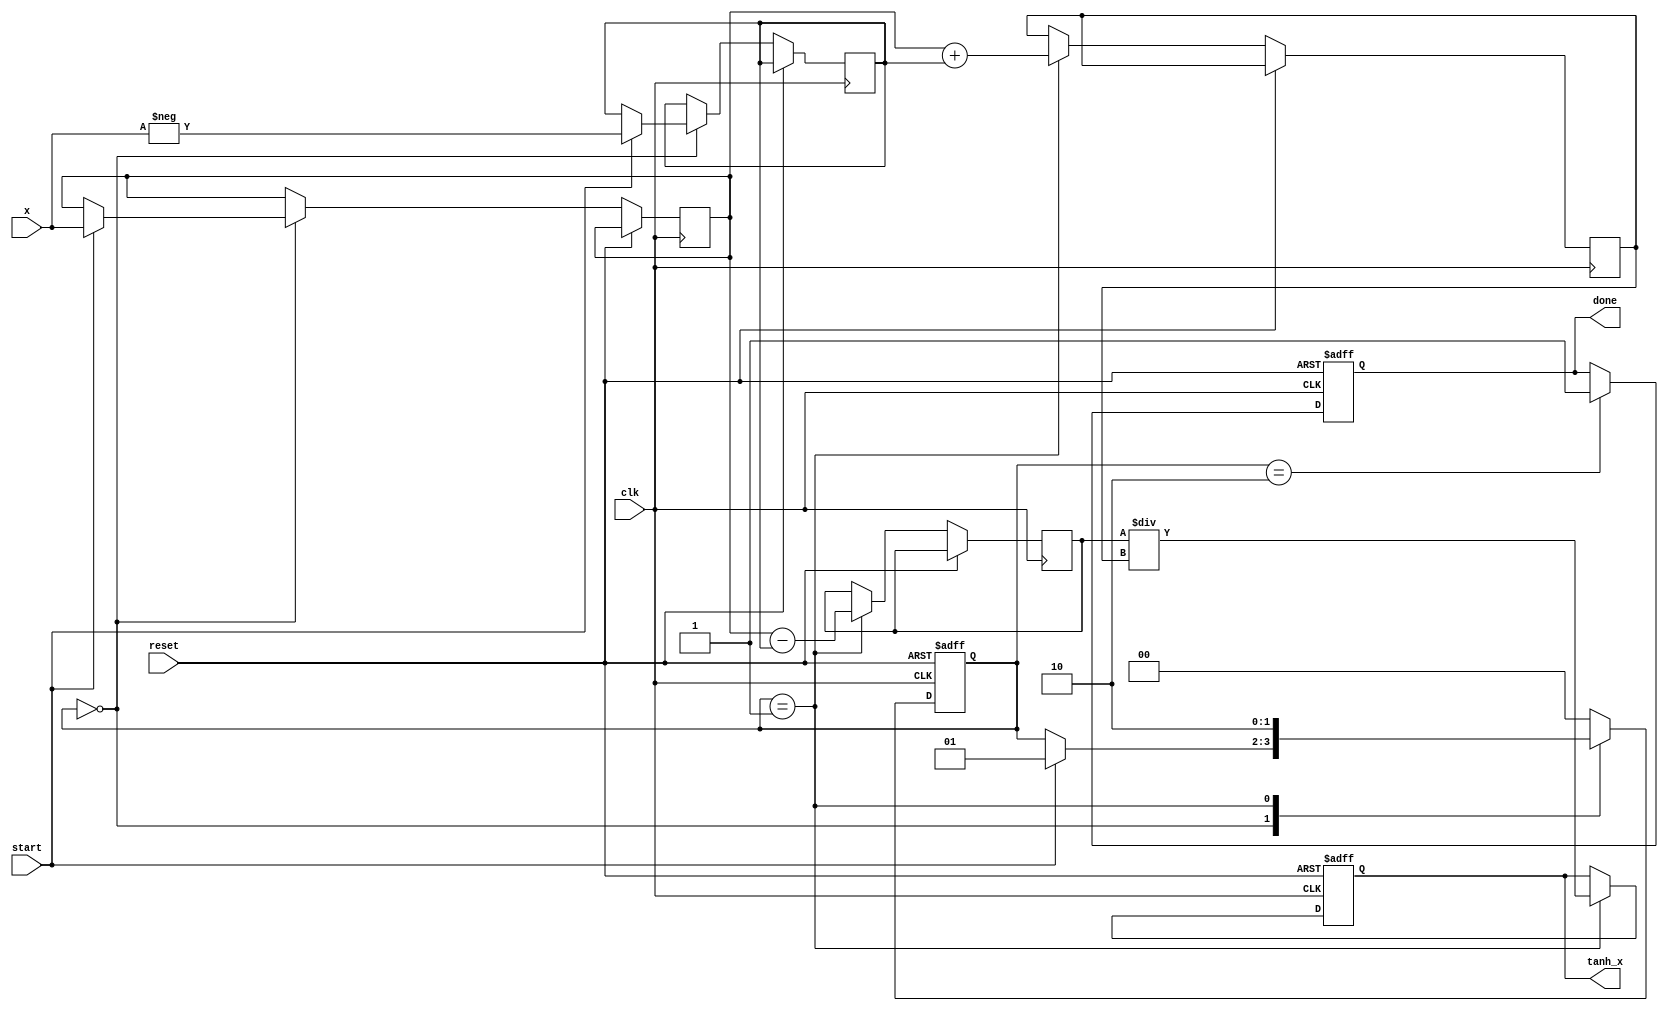
module tanh_block (
    input  wire signed [15:0] x,         // Input (fixed-point) x
    input  wire start,                    // Control signal to start computation
    input  wire clk,                      // Clock signal
    input  wire reset,                    // Reset signal
    output reg signed [15:0] tanh_x,     // Output (fixed-point) tanh(x)
    output reg done                       // Status signal for operation completion
);
    
    // Internal signals
    reg signed [15:0] exp_x;              // e^x
    reg signed [15:0] exp_neg_x;          // e^(-x)
    reg signed [15:0] numerator;           // e^x - e^(-x)
    reg signed [15:0] denominator;         // e^x + e^(-x)
    reg [1:0] state;                      // State machine
    
    localparam IDLE = 2'b00,
               COMPUTE = 2'b01,
               DONE = 2'b10;
    
    // Simple approximation for e^x using Taylor series expansion or other methods
    function signed [15:0] exp_func;
        input signed [15:0] value;
        // Implement a simple approximation for e^x
        begin
            // This is a placeholder for an actual implementation
            exp_func = value; // Replace with proper e^x calculation
        end
    endfunction
    
    // State machine implementation
    always @(posedge clk or posedge reset) begin
        if (reset) begin
            state <= IDLE;
            tanh_x <= 16'b0;
            done <= 1'b0;
        end else begin
            case (state)
                IDLE: begin
                    if (start) begin
                        exp_x <= exp_func(x);             // Calculate e^x
                        exp_neg_x <= exp_func(-x);        // Calculate e^(-x)
                        state <= COMPUTE;
                    end
                end
                
                COMPUTE: begin
                    numerator <= exp_x - exp_neg_x;    // Calculate e^x - e^(-x)
                    denominator <= exp_x + exp_neg_x;  // Calculate e^x + e^(-x)
                    tanh_x <= numerator / denominator;  // Calculate tanh(x)
                    state <= DONE;
                end
                
                DONE: begin
                    done <= 1'b1;                       // Indicate operation completion
                    state <= IDLE;                      // Return to idle state
                end
            
                default: state <= IDLE;
            endcase
        end
    end
endmodule